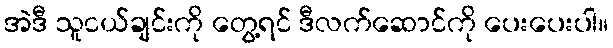
အဲဒီ သူငယ်ချင်းကို တွေ့ရင် ဒီလက်ဆောင်ကို ပေးပေးပါ။